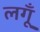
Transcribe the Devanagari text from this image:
लगूँ